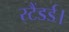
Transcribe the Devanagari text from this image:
स्टैंडर्ड।